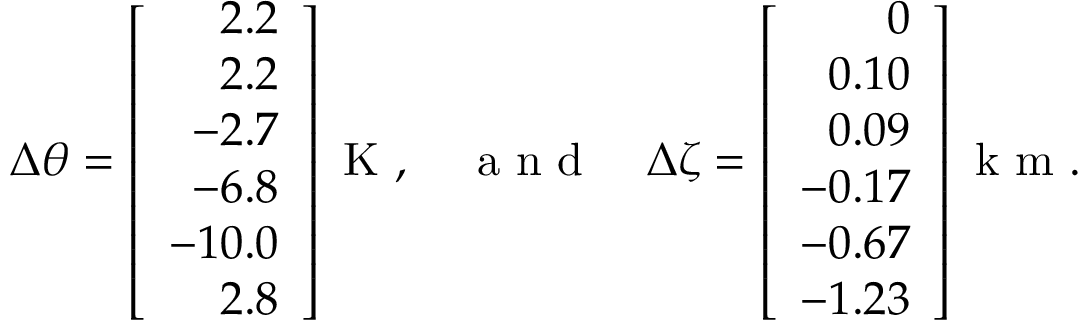
{ \Delta \theta } = \left[ \begin{array} { r } { 2 . 2 } \\ { 2 . 2 } \\ { - 2 . 7 } \\ { - 6 . 8 } \\ { - 1 0 . 0 } \\ { 2 . 8 } \end{array} \right] \mathrm { ~ K ~ } , \quad \mathrm { ~ a ~ n ~ d ~ } \quad { \Delta \zeta } = \left[ \begin{array} { r } { 0 } \\ { 0 . 1 0 } \\ { 0 . 0 9 } \\ { - 0 . 1 7 } \\ { - 0 . 6 7 } \\ { - 1 . 2 3 } \end{array} \right] \mathrm { ~ k ~ m ~ } .